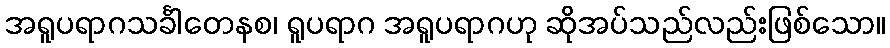
အရူပရာဂသင်္ခါတေနစ၊ ရူပရာဂ အရူပရာဂဟု ဆိုအပ်သည်လည်းဖြစ်သော။